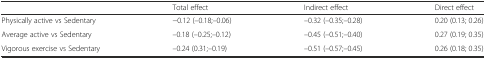
<table><thead><tr><td></td><td><b>Total effect</b></td><td><b>Indirect effect</b></td><td><b>Direct effect</b></td></tr></thead><tbody><tr><td>Physically active vs Sedentary</td><td>−0.12 (–0.18;–0.06)</td><td>–0.32 (–0.35;–0.28)</td><td>0.20 (0.13; 0.26)</td></tr><tr><td>Average active vs Sedentary</td><td>–0.18 (–0.25;–0.12)</td><td>–0.45 (–0.51;–0.40)</td><td>0.27 (0.19; 0.35)</td></tr><tr><td>Vigorous exercise vs Sedentary</td><td>–0.24 (0.31;–0.19)</td><td>–0.51 (–0.57;–0.45)</td><td>0.26 (0.18; 0.35)</td></tr></tbody></table>